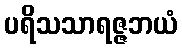
ပရိသသာရဇ္ဇဘယံ